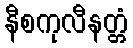
နီစကုလီနတ္တံ